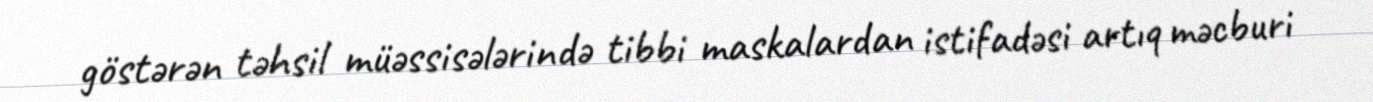
göstərən təhsil müəssisələrində tibbi maskalardan istifadəsi artıq məcburi